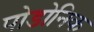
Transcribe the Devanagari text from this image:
पोडोनिक